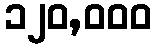
၁၂၀,၀၀၀